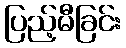
ပြည့်မီခြင်း